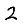
Digit: 2